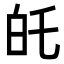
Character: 𭽉